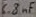
Text: 6.8µF